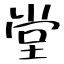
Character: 堂